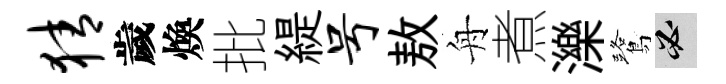
猜歲煥批緹号敖舟煮濼鷺必